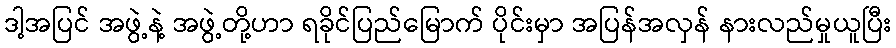
ဒါ့အပြင် အဖွဲ့နဲ့ အဖွဲ့တို့ဟာ ရခိုင်ပြည်မြောက် ပိုင်းမှာ အပြန်အလှန် နားလည်မှုယူပြီး